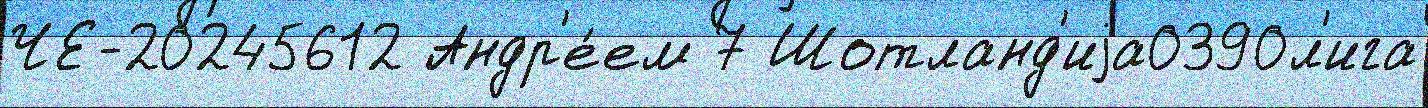
ЧЕ-20245612 Андр'е́ем 7 Шотланд'иjа0390л'ига